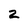
Character: z